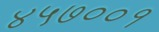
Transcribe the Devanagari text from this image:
४५७००१